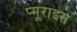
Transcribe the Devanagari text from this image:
प्मूराइस